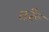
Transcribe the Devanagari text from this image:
घरूँ